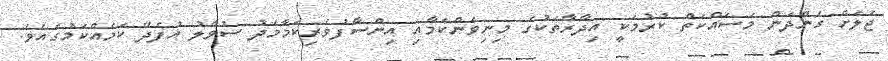
ޖަލަށް ގެންދަން މަސައްކަތް ކުރުމަކީ އިދާރާތަކުގެ މިނިވަންކަމާއި އިންސާފުވެރިކަމާމެދު ސުވާލު އުފެދޭ ކަމެއްކަމުގައެވެ.